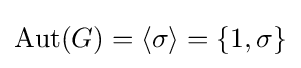
\operatorname {Aut} (G)=\langle \sigma \rangle =\{1,\sigma \}